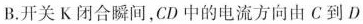
B.开关K闭合瞬间，CD中的电流方向由C到D